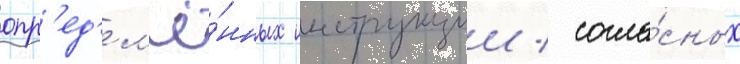
опр'ед'ел'ё́нных инструкции / согла́сных